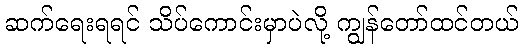
ဆက်ရေးရရင် သိပ်ကောင်းမှာပဲလို့ ကျွန်တော်ထင်တယ်